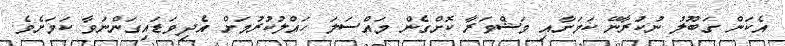
އެކަން ގަބޫލު ނުކުރާނޭ ކަމަށާއި މަޝްވަރާ ކޮށްގެން މައްސަލަ ހައްލުކުރުމަށް އެދިވަޑައިގަންނަވާ ކަމަށެވެ.